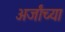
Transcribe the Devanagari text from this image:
अर्जांच्या